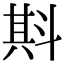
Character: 㪸